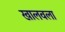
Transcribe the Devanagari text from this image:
खालवला